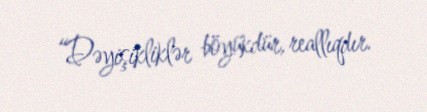
“Dəyişikliklər böyükdür, reallıqdır.